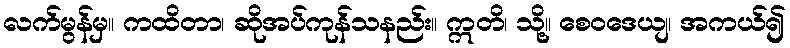
လက်မွန်မှ။ ကထိတာ၊ ဆိုအပ်ကုန်သနည်း။ ဣတိ၊ သို့။ စေဝဒေယျ၊ အကယ်၍